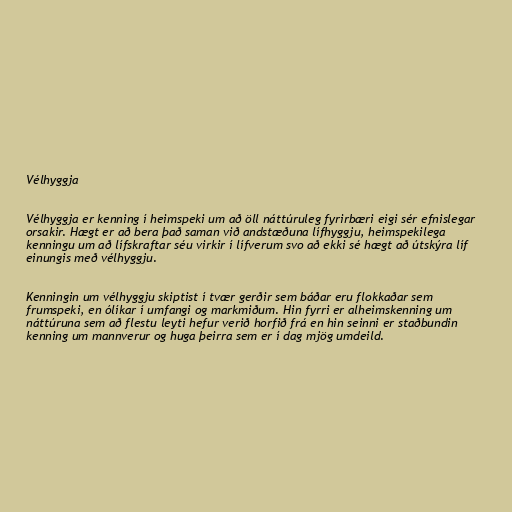
Vélhyggja

Vélhyggja er kenning í heimspeki um að öll náttúruleg fyrirbæri eigi sér efnislegar
orsakir. Hægt er að bera það saman við andstæðuna lífhyggju, heimspekilega
kenningu um að lífskraftar séu virkir í lífverum svo að ekki sé hægt að útskýra líf
einungis með vélhyggju.

Kenningin um vélhyggju skiptist í tvær gerðir sem báðar eru flokkaðar sem
frumspeki, en ólíkar í umfangi og markmiðum. Hin fyrri er alheimskenning um
náttúruna sem að flestu leyti hefur verið horfið frá en hin seinni er staðbundin
kenning um mannverur og huga þeirra sem er í dag mjög umdeild.